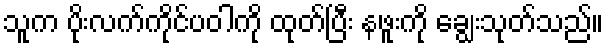
သူက ပိုးလက်ကိုင်ပဝါကို ထုတ်ပြီး နဖူးကို ချွေးသုတ်သည်။